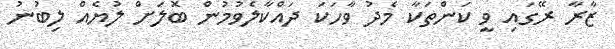
ޒާރާ ރޭގައި ވީ ކަންތަކާ މެދު ވާހަކަ ދައްކާލެވުމުން ބޮލަށް ލުޔެއް ލިބުނު